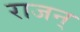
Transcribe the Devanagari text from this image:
राजन्‌